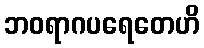
ဘဝရာဂပရေတေဟိ